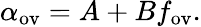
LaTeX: \alpha_{\mathrm{ov}}=A+Bf_{\mathrm{ov}}.